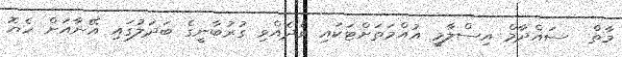
މާތް  ސައްދާމް އިސްލާމީ އުއްމަތަށްޓަކައި ވެދެއްވި ގުރުބާނީގެ ބަދަލުގައި އޭނާއަށް ހެޔޮ